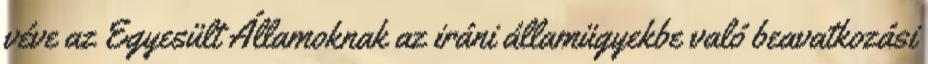
véve az Egyesült Államoknak az iráni államügyekbe való beavatkozási